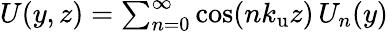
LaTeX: \begin{array}{r}{U(y,z)=\sum_{n=0}^{\infty}\cos(n{k_{\mathrm{u}}}z)\, U_{n}(y)}\end{array}